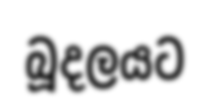
බූදලයට